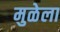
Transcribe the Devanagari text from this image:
मुळेला